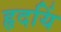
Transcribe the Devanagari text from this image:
हृदयिं